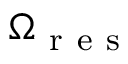
\Omega _ { \mathrm { ~ r ~ e ~ s ~ } }